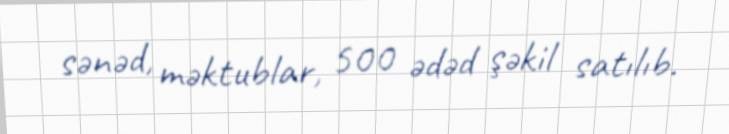
sənəd, məktublar, 500 ədəd şəkil satılıb.